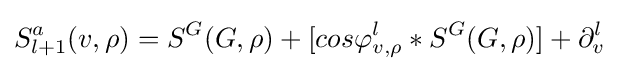
S_{l+1}^{a}(v,\rho )=S^{G}(G,\rho )+[cos\varphi _{v,\rho }^{l}*S^{G}(G,\rho )]+\partial _{v}^{l}